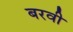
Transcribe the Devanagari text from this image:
बरवी